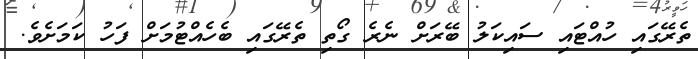
ތެރޭގައި ހުއްޓައި ސައިކަލު ބޭރަށް ނެރެ ގޯތި ތެރޭގައި ބެހެއްޓުމަށް ފަހު ކަމަށެވެ.